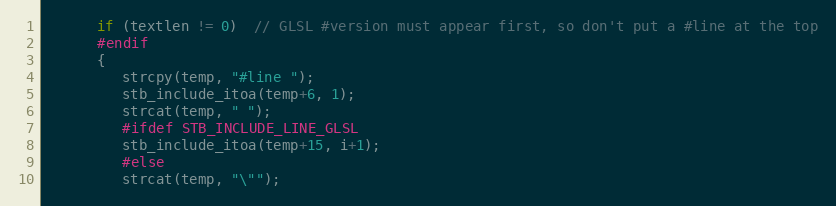
Language: C
      if (textlen != 0)  // GLSL #version must appear first, so don't put a #line at the top
      #endif
      {
         strcpy(temp, "#line ");
         stb_include_itoa(temp+6, 1);
         strcat(temp, " ");
         #ifdef STB_INCLUDE_LINE_GLSL
         stb_include_itoa(temp+15, i+1);
         #else
         strcat(temp, "\"");